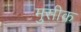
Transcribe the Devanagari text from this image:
मुसीक